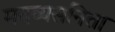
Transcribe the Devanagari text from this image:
मदव्यसनिता